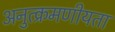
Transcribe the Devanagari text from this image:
अनुत्क्रमणीयता